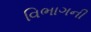
વિભાગની